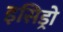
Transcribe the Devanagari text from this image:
इसिड्रो